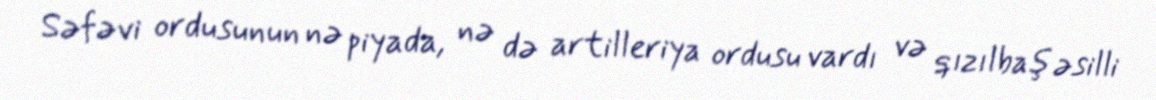
Səfəvi ordusunun nə piyada, nə də artilleriya ordusu vardı və qızılbaş əsilli